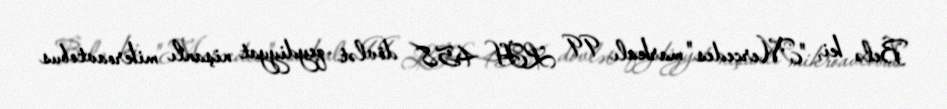
Belə ki, "Mercedes" markalı 99 LH 458 dövlət qeydiyyat nişanlı mikroavtobus